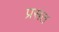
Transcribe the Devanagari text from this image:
प्रसत